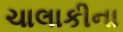
ચાલાકીના